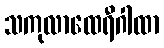
သကုလာထေရီဂါထာ